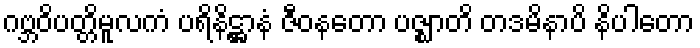
ဂဗ္ဘဝိပတ္တိမူလကံ ပရိနိဋ္ဌာနံ ဇီဝနတော ပဇ္ဈာတိ တဒမိနာပိ နိပါတော